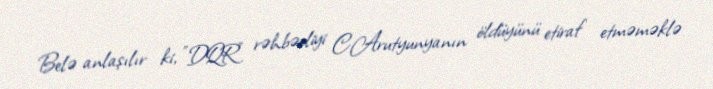
Belə anlaşılır ki, "DQR" rəhbərliyi C.Arutyunyanın öldüyünü etiraf etməməklə